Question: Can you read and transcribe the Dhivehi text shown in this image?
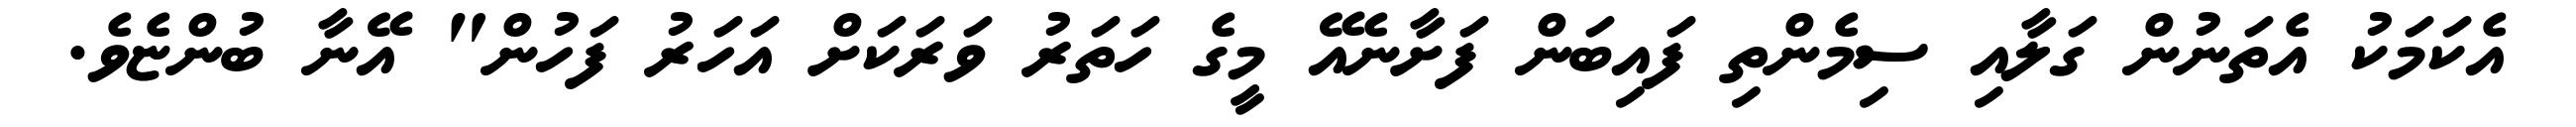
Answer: އެކަމަކު އެތަނުން ގަލާއި ސިމެންތި ފައިބަން ފަށާނެއޭ މީގެ ހަތަރު ވަރަކަށް އަހަރު ފަހުން" އޭނާ ބުންޏެވެ.